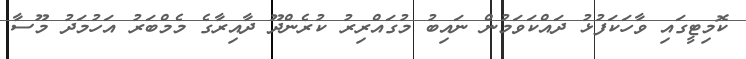
ކޮމިޓީގައި ވާހަކަފުޅު ދައްކަވަމުން ނައިބު މުގައްރިރު ކުރެންދޫ ދާއިރާގެ މެމްބަރު އަހުމަދު މޫސާ